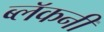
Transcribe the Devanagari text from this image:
ब्लॅकनी